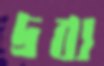
দ্রব্য